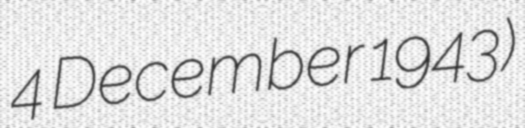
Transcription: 4 December 1943)